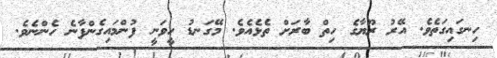
ހިނގައިގަތެވެ. އޭރު ރޫޔާގެ ހިތް ބާރަށް ތެޅެއެވެ. މޭގަނޑު ހީވަނީ ފުންމައިގެންފާނެ ހެންނެވެ.